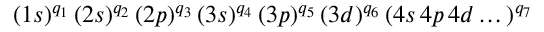
( 1 s ) ^ { q _ { 1 } } \, ( 2 s ) ^ { q _ { 2 } } \, ( 2 p ) ^ { q _ { 3 } } \, ( 3 s ) ^ { q _ { 4 } } \, ( 3 p ) ^ { q _ { 5 } } \, ( 3 d ) ^ { q _ { 6 } } \, ( 4 s \, 4 p \, 4 d \dots ) ^ { q _ { 7 } }